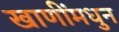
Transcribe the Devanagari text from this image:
खाणींमधुन